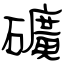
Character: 礦